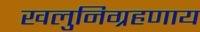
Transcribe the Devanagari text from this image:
खलुनिग्रहणाय